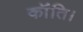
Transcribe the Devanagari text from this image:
कॉंति।